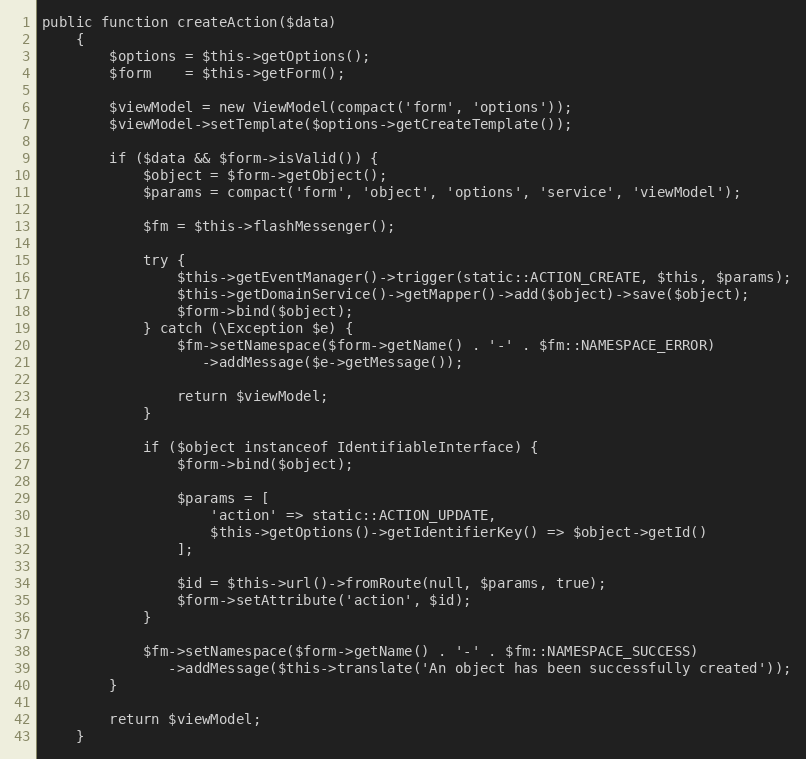
Language: PHP
public function createAction($data)
    {
        $options = $this->getOptions();
        $form    = $this->getForm();

        $viewModel = new ViewModel(compact('form', 'options'));
        $viewModel->setTemplate($options->getCreateTemplate());

        if ($data && $form->isValid()) {
            $object = $form->getObject();
            $params = compact('form', 'object', 'options', 'service', 'viewModel');

            $fm = $this->flashMessenger();

            try {
                $this->getEventManager()->trigger(static::ACTION_CREATE, $this, $params);
                $this->getDomainService()->getMapper()->add($object)->save($object);
                $form->bind($object);
            } catch (\Exception $e) {
                $fm->setNamespace($form->getName() . '-' . $fm::NAMESPACE_ERROR)
                   ->addMessage($e->getMessage());

                return $viewModel;
            }

            if ($object instanceof IdentifiableInterface) {
                $form->bind($object);

                $params = [
                    'action' => static::ACTION_UPDATE,
                    $this->getOptions()->getIdentifierKey() => $object->getId()
                ];

                $id = $this->url()->fromRoute(null, $params, true);
                $form->setAttribute('action', $id);
            }

            $fm->setNamespace($form->getName() . '-' . $fm::NAMESPACE_SUCCESS)
               ->addMessage($this->translate('An object has been successfully created'));
        }

        return $viewModel;
    }